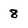
Character: 8